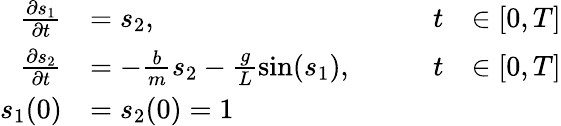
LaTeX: \begin{array}{rlrl}{\frac{\partial s_{1}}{\partial t}}&{=s_{2},\qquad}&{t}&{\in[0,T]}\\ {\frac{\partial s_{2}}{\partial t}}&{=-\frac{b}{m}s_{2}-\frac{g}{L}\sin(s_{1}),\qquad}&{t}&{\in[0,T]}\\ {s_{1}(0)}&{=s_{2}(0)=1}\end{array}